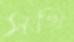
সখি